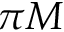
\pi M